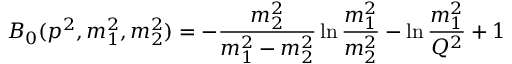
{ \cal B } _ { 0 } ( p ^ { 2 } , m _ { 1 } ^ { 2 } , m _ { 2 } ^ { 2 } ) = - { \frac { m _ { 2 } ^ { 2 } } { m _ { 1 } ^ { 2 } - m _ { 2 } ^ { 2 } } } \ln { \frac { m _ { 1 } ^ { 2 } } { m _ { 2 } ^ { 2 } } } - \ln { \frac { m _ { 1 } ^ { 2 } } { Q ^ { 2 } } } + 1